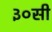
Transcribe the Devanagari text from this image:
३०सी